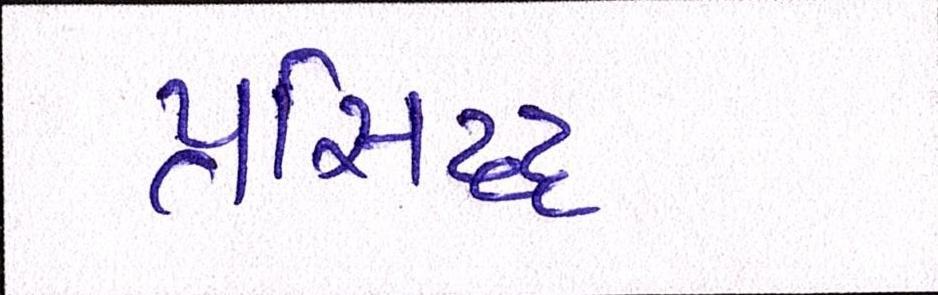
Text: પ્રસ્સિદ્ધ